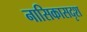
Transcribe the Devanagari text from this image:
नासिकासदृश